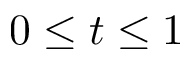
0 \le t \le 1